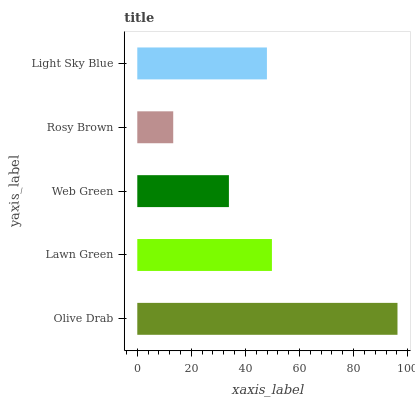
| yaxis_label | bars |
 | --- | --- |
 | Olive Drab | 96.2 |
 | Lawn Green | 49.8 |
 | Web Green | 33.9 |
 | Rosy Brown | 13.3 |
 | Light Sky Blue | 47.9 |